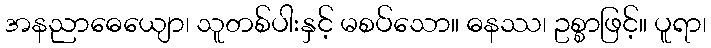
အနညာဓေယျော၊ သူတစ်ပါးနှင့် မစပ်သော။ ဓနဿ၊ ဥစ္စာဖြင့်။ ပူရာ၊